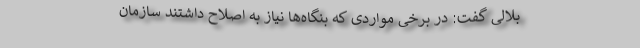
بلالی گفت: در برخی مواردی که بنگاه‌ها نیاز به اصلاح داشتند سازمان